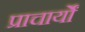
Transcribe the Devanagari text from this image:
प्राचार्यों